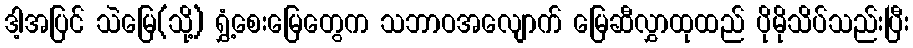
ဒါ့အပြင် သဲမြေ(သို့) ရွှံ့စေးမြေတွေက သဘာဝအလျောက် မြေဆီလွှာထုထည် ပိုမိုသိပ်သည်းပြီး